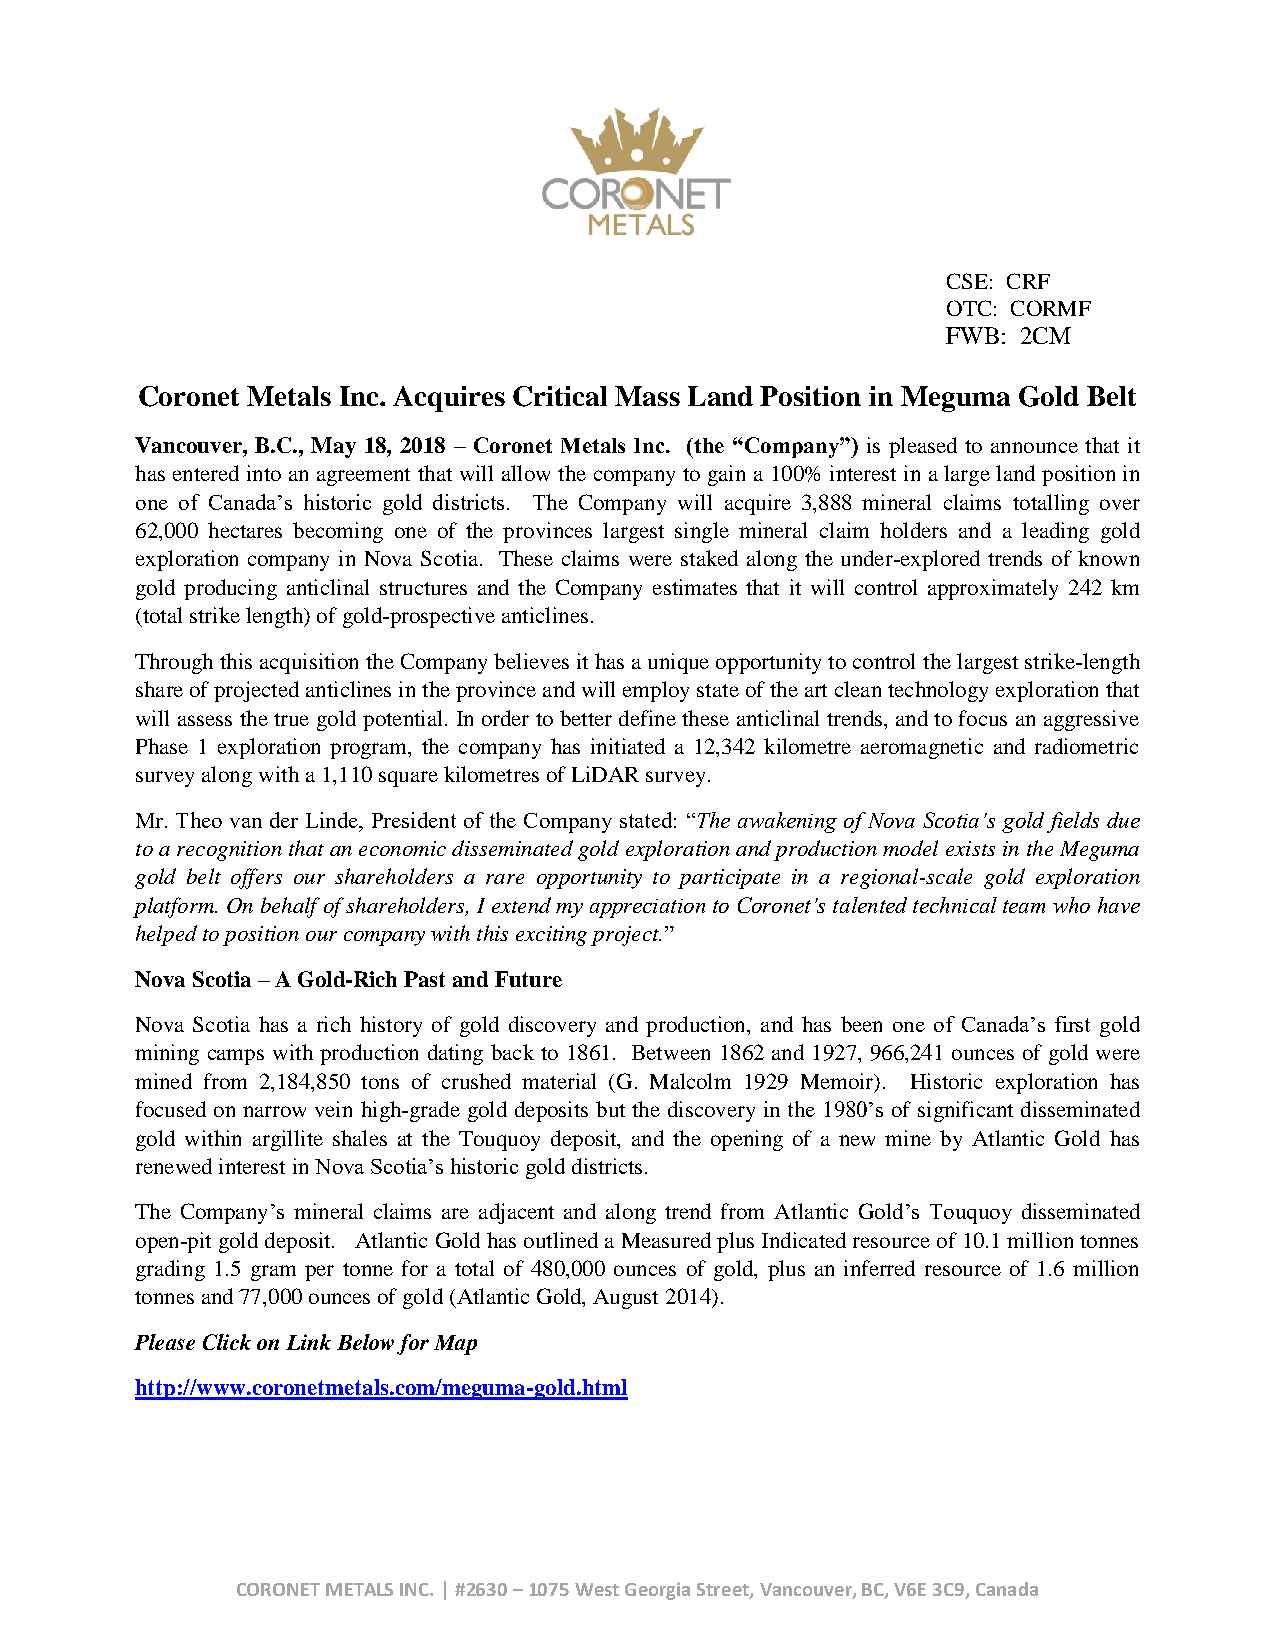
CSE: CRF
 OTC: CORMF
 FWB: 2CM
 Coronet Metals Inc. Acquires Critical Mass Land Position in Meguma Gold Belt
 Vancouver, B.C., May 18, 2018 – Coronet Metals Inc. (the “Company”) is pleased to announce that it
 has entered into an agreement that will allow the company to gain a 100% interest in a large land position in
 one of Canada’s historic gold districts. The Company will acquire 3,888 mineral claims totalling over
 62,000 hectares becoming one of the provinces largest single mineral claim holders and a leading gold
 exploration company in Nova Scotia. These claims were staked along the under-explored trends of known
 gold producing anticlinal structures and the Company estimates that it will control approximately 242 km
 (total strike length) of gold-prospective anticlines.
 Through this acquisition the Company believes it has a unique opportunity to control the largest strike-length
 share of projected anticlines in the province and will employ state of the art clean technology exploration that
 will assess the true gold potential. In order to better define these anticlinal trends, and to focus an aggressive
 Phase 1 exploration program, the company has initiated a 12,342 kilometre aeromagnetic and radiometric
 survey along with a 1,110 square kilometres of LiDAR survey.
 Mr. Theo van der Linde, President of the Company stated: “The awakening of Nova Scotia’s gold fields due
 to a recognition that an economic disseminated gold exploration and production model exists in the Meguma
 gold belt offers our shareholders a rare opportunity to participate in a regional-scale gold exploration
 platform. On behalf of shareholders, I extend my appreciation to Coronet’s talented technical team who have
 helped to position our company with this exciting project.”
 Nova Scotia – A Gold-Rich Past and Future
 Nova Scotia has a rich history of gold discovery and production, and has been one of Canada’s first gold
 mining camps with production dating back to 1861. Between 1862 and 1927, 966,241 ounces of gold were
 mined from 2,184,850 tons of crushed material (G. Malcolm 1929 Memoir). Historic exploration has
 focused on narrow vein high-grade gold deposits but the discovery in the 1980’s of significant disseminated
 gold within argillite shales at the Touquoy deposit, and the opening of a new mine by Atlantic Gold has
 renewed interest in Nova Scotia’s historic gold districts.
 The Company’s mineral claims are adjacent and along trend from Atlantic Gold’s Touquoy disseminated
 open-pit gold deposit. Atlantic Gold has outlined a Measured plus Indicated resource of 10.1 million tonnes
 grading 1.5 gram per tonne for a total of 480,000 ounces of gold, plus an inferred resource of 1.6 million
 tonnes and 77,000 ounces of gold (Atlantic Gold, August 2014).
 Please Click on Link Below for Map
 http://www.coronetmetals.com/meguma-gold.html
 CORONET METALS INC. | #2630 – 1075 West Georgia Street, Vancouver, BC, V6E 3C9, Canada